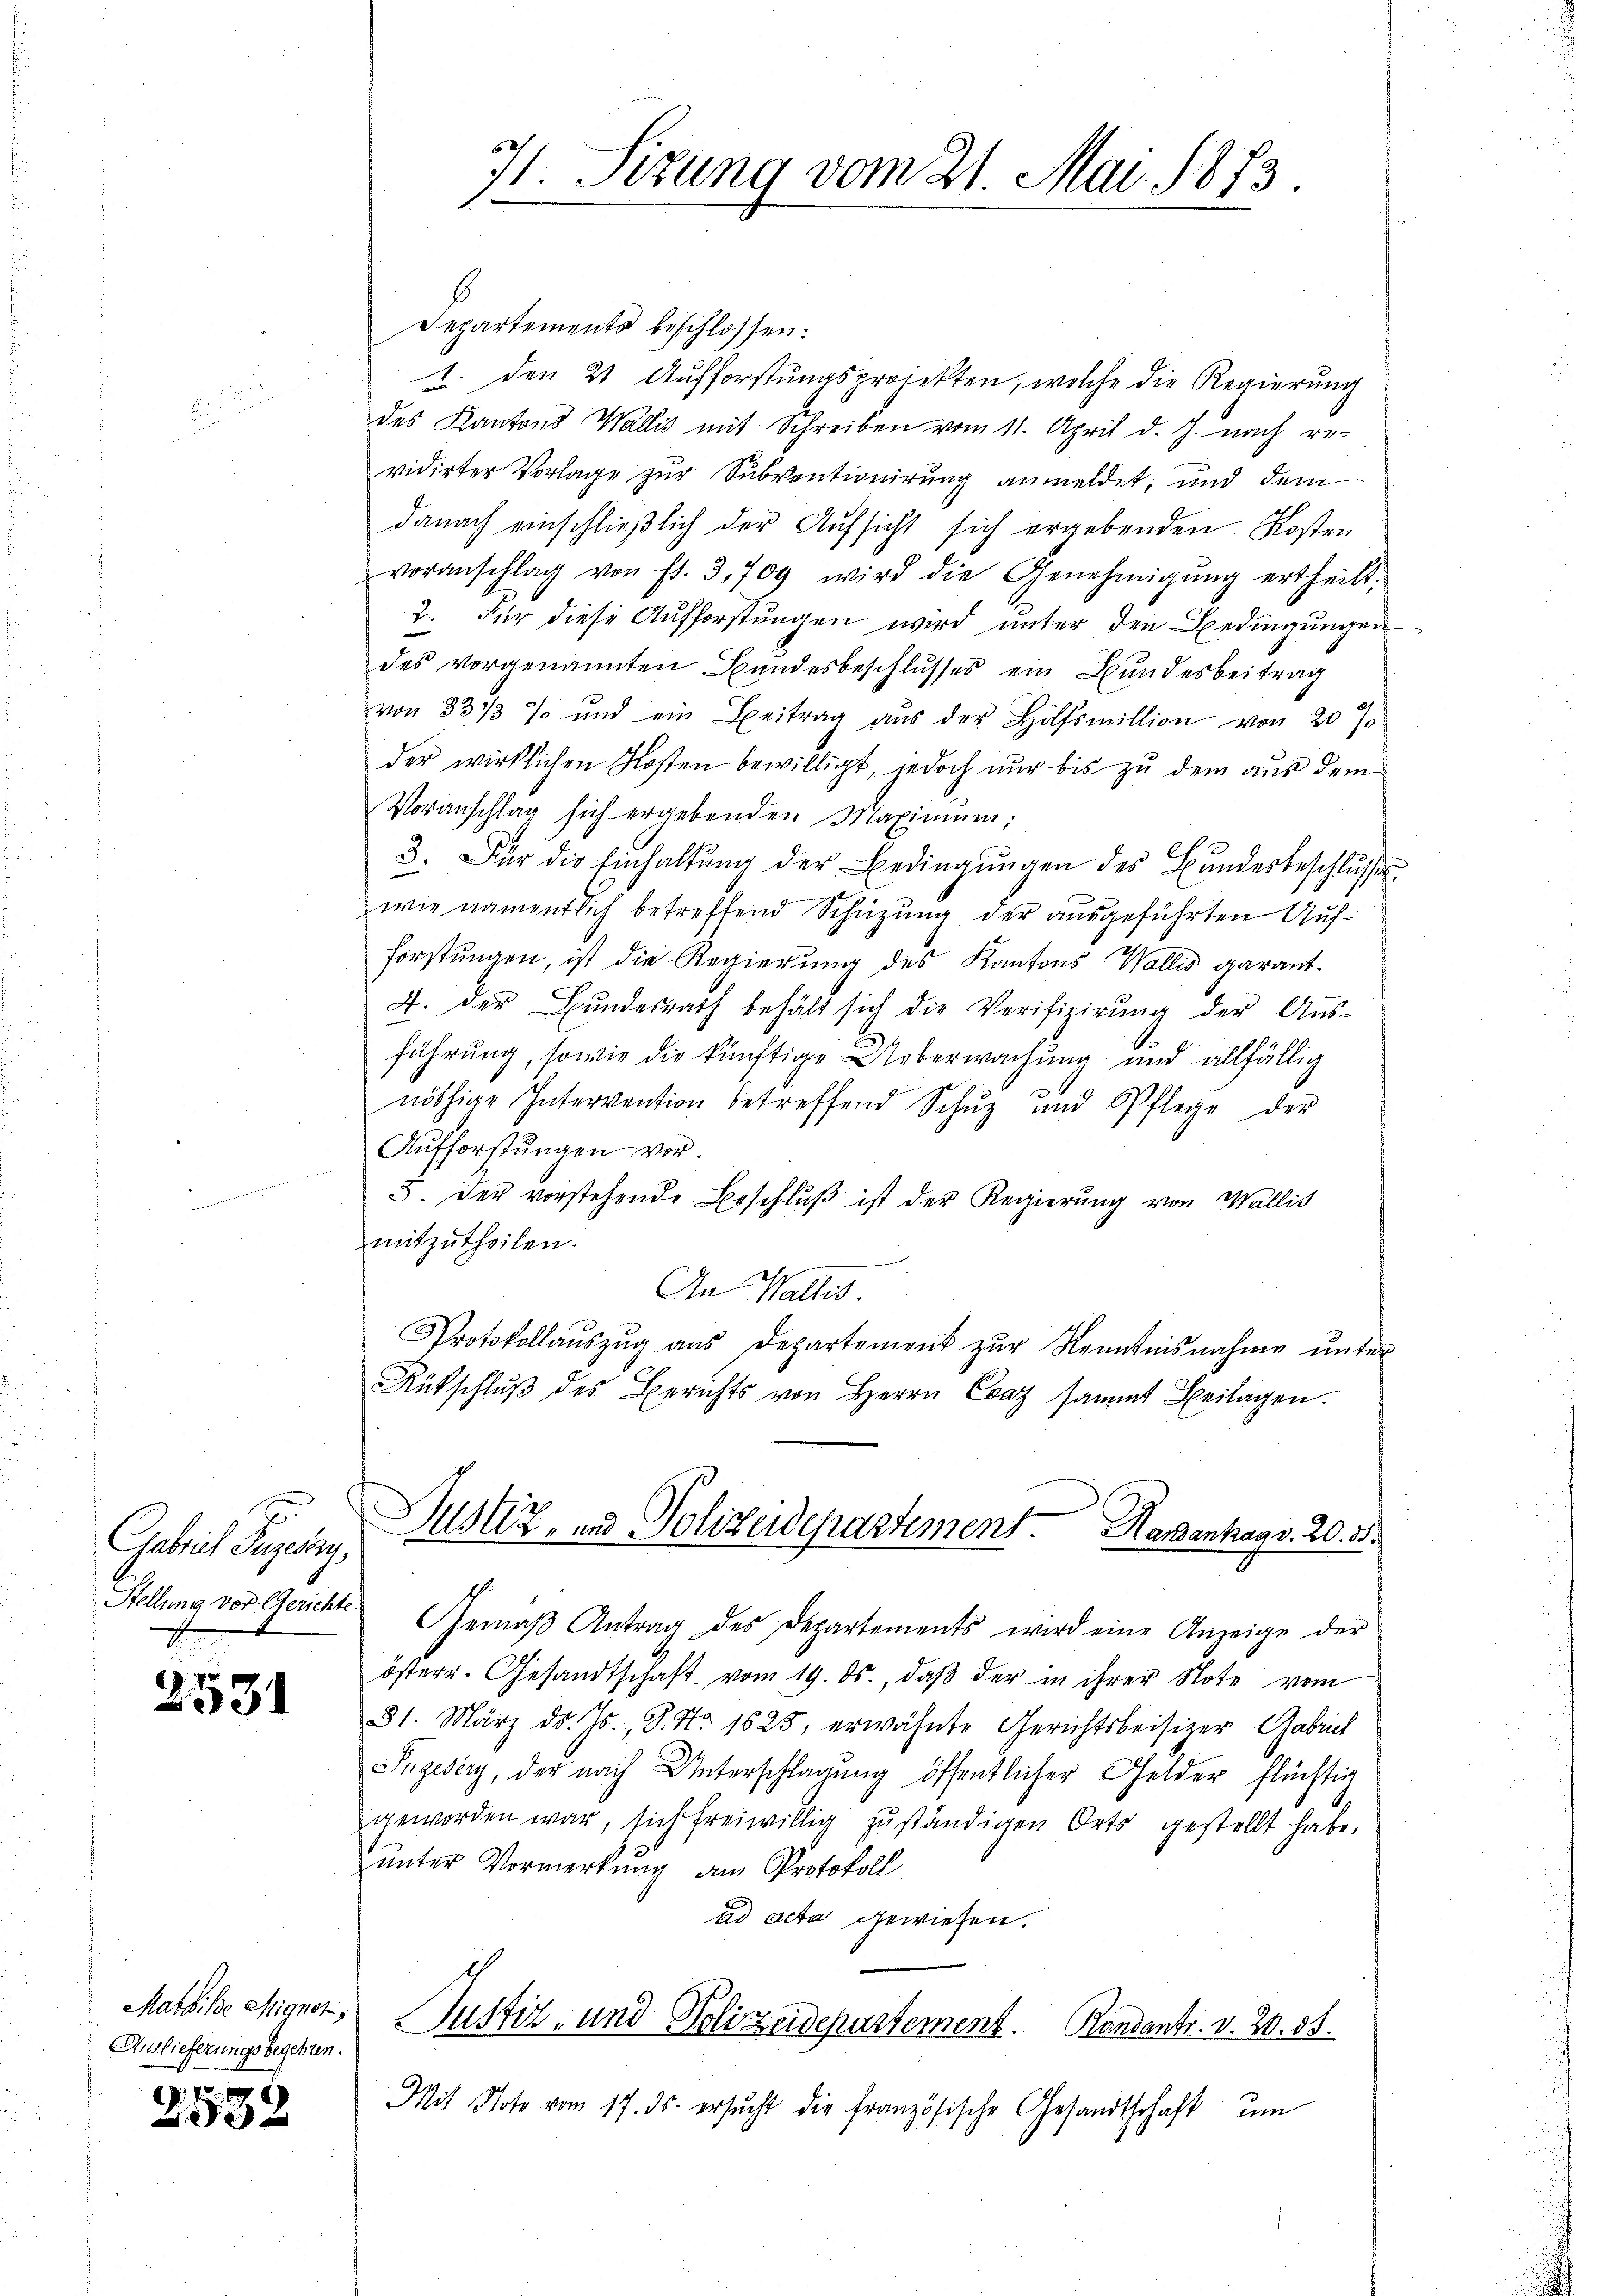
Gerich Puzerny,
Stellung vor Gerichte

2531

Matbike Mignor
Auslieferungsbegehren.

1
532

71. Sizung vom 21. Mai 1873.

Departements beschlossen:
1. den 21. Aufforstungsprojekten, welche die Regierung
des Kantons Wallis mit Schreiben vom 11. April d. J. nach re-
vidirter Vorlage zur Subventionirung anmeldet, und dem
danach einschließlich der Aufsicht sich ergebenden Kosten
voranschlag von fl. 3, 709 wird die Genehmigŭng ertheilt,
2. Für diese Aufforstungen wird unter den Bedingungen
des vorgenannten Bundesbeschlusses ein Bundesbeitrag
von 831/3 % und ein Beitrag aŭs der Hilfsmillion von 20 %
der wirklichen Kosten bewilligt, jedoch nur bis zu dem aus dem
Voranschlag sich ergebenden Maximŭm;
3. Für die Einhaltŭng der Bedingŭngen des Bŭndesbeschlŭsse
wie namentlich betreffend Schüzung der ausgeführten Aufforstungen, ist die Regierung des Kantons Wallis garant-
4. der Bŭndesrath behält sich die Verifizierŭng der Aŭs-
führung, sowie die künftige Ueberwachung und allfällig
nöthige Intervention betreffend Schŭz und Pflege der
Aufforstungen vor.
5. Der vorstehende Beschlŭβ ist der Regierŭng von Wallis
mitzutheilen.
An Wallis.
Protokollaŭszŭg aŭs Departement zŭr Kenntnisnahme ŭnter
Rütschlŭβ des Berichts von Herrn Evaz sammt Beilagen.
Justiz- und Polizeidepartement. Hasenhag v. 20. 35.
Gemäβ Antrag des Departements wird eine Anzeige der
österr. Gesandtschaft vom 19. ds., daβ der in ihrer Note vom
31. März d. Js., S. Nr. 1525, erwähnte Gerichtsbeisizer Gabrich
ngedey, der nach Unterschlagung öffentlicher Gelder flüchtig
geworden war, sich freiwillig zuständigen Orts gestellt habe,
unter Vormerkung am Protokoll
ad acta gewiesen.

Justiz- und Polizeidepartement. Bandants. v. 20. d.

Mit Note vom 17. ds. ersŭcht die französische Gesandtschaft ŭm